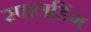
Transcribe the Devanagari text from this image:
स्पालडिंग